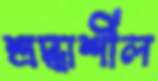
শ্রদ্ধাশীল